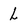
Character: L